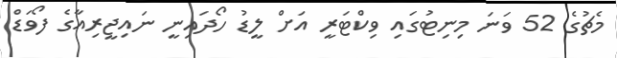
މެޗުގެ 52 ވަަނަ މިނިޓުގައި ވިކްޓަރީ އަށް ލީޑު ހޯދައިނީ ނައިޖީރިއާގެ ފޯވަޑް